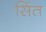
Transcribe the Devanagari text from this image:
सिंत